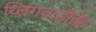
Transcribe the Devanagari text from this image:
थ्लिंगचाडीन्नेह